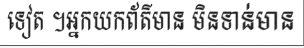
ទៀត ។អ្នកយកព័ត៌មាន មិនទាន់មាន